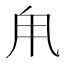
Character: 𪽆